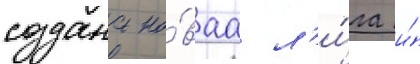
создана но́ваа л'и́га и́